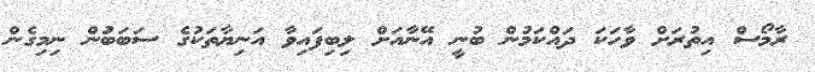
ރާމޯސް އިތުރަށް ވާހަކަ ދައްކަމުން ބުނީ އޭނާއަށް ލިބިފައިވާ އަނިޔާތަކުގެ ސަބަބަުން ނިމިގެން